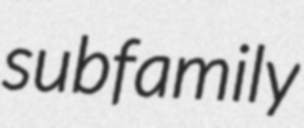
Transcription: subfamily